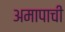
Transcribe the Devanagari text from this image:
अमापाची